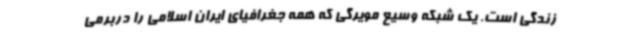
زندگی است. یک شبکه وسیع مویرگی که همه جغرافیای ایران اسلامی را دربرمی